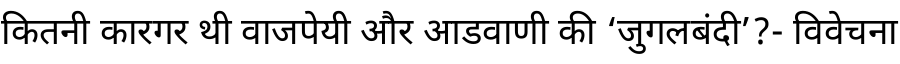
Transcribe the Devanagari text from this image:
कितनी कारगर थी वाजपेयी और आडवाणी की ‘जुगलबंदी’?- विवेचना